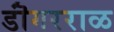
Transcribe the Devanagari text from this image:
डॊंगरराळ